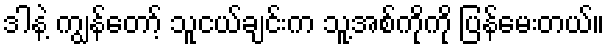
ဒါနဲ့ ကျွန်တော့် သူငယ်ချင်းက သူ့အစ်ကိုကို ပြန်မေးတယ်။